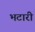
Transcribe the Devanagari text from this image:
भटारी